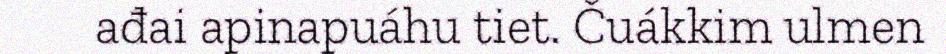
ađai apinapuáhu tiet. Čuákkim ulmen